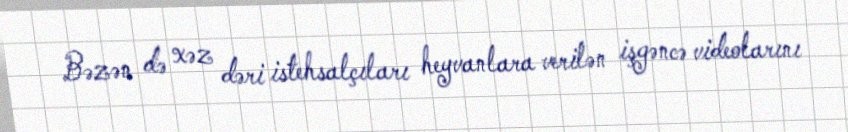
Bəzən də xəz dəri istehsalçıları heyvanlara verilən işgəncə videolarını